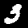
Label: 3